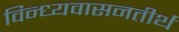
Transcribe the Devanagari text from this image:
विन्ध्यवासनतीर्थ